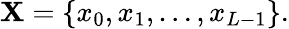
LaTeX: \mathbf{X}=\{ x_{0},x_{1},\ldots,x_{L-1}\} .